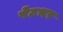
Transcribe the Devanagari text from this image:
पेटभर